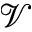
\mathcal { V }